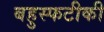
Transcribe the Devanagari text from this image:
बहुस्फटीकी